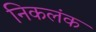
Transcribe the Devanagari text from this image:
निकलंक